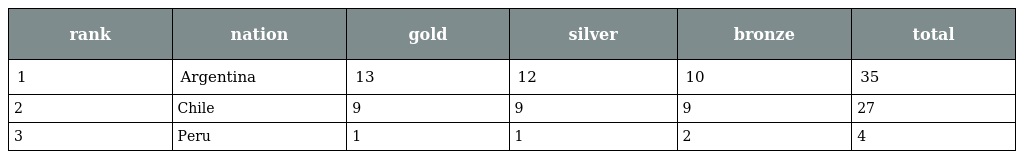
| rank | nation | gold | silver | bronze | total |
 | --- | --- | --- | --- | --- | --- |
 | 1 | Argentina | 13 | 12 | 10 | 35 |
 | 2 | Chile | 9 | 9 | 9 | 27 |
 | 3 | Peru | 1 | 1 | 2 | 4 |